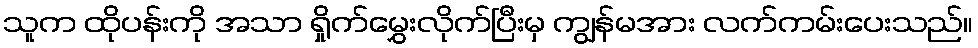
သူက ထိုပန်းကို အသာ ရှိုက်မွှေးလိုက်ပြီးမှ ကျွန်မအား လက်ကမ်းပေးသည်။